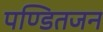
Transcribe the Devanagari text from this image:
पण्डितजन